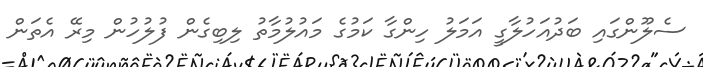
ސެލޫންގައި ބަދުއަހުލާގީ އަމަލު ހިންގާ ކަމުގެ މައުލުމާތު ލިބިގެން ފުލުހުން މިރޭ އެތަން